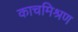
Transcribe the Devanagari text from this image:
काचमिश्रण